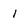
Character: i